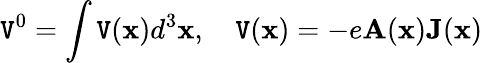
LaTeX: \mathtt{V}^{0}=\int\mathtt{V}({\mathbf{x}})d^{3}{\mathbf{x}},\quad\mathtt{V}({\mathbf{x}})=-e{\mathbf{A}}({\mathbf{x}}){\mathbf{J}}({\mathbf{x}})